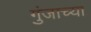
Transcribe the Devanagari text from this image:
गुंजाच्या